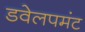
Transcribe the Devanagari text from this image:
डवेलपमंट